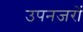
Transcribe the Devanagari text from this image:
उपनजरों